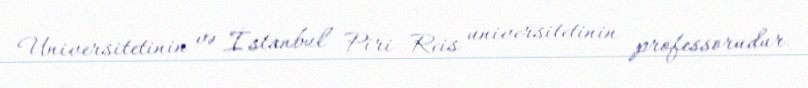
Universitetinin və İstanbul Piri Reis universitetinin professorudur.